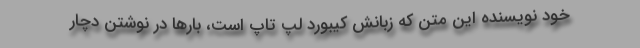
خود نویسنده این متن که زبانش کیبورد لپ تاپ است، بارها در نوشتن دچار